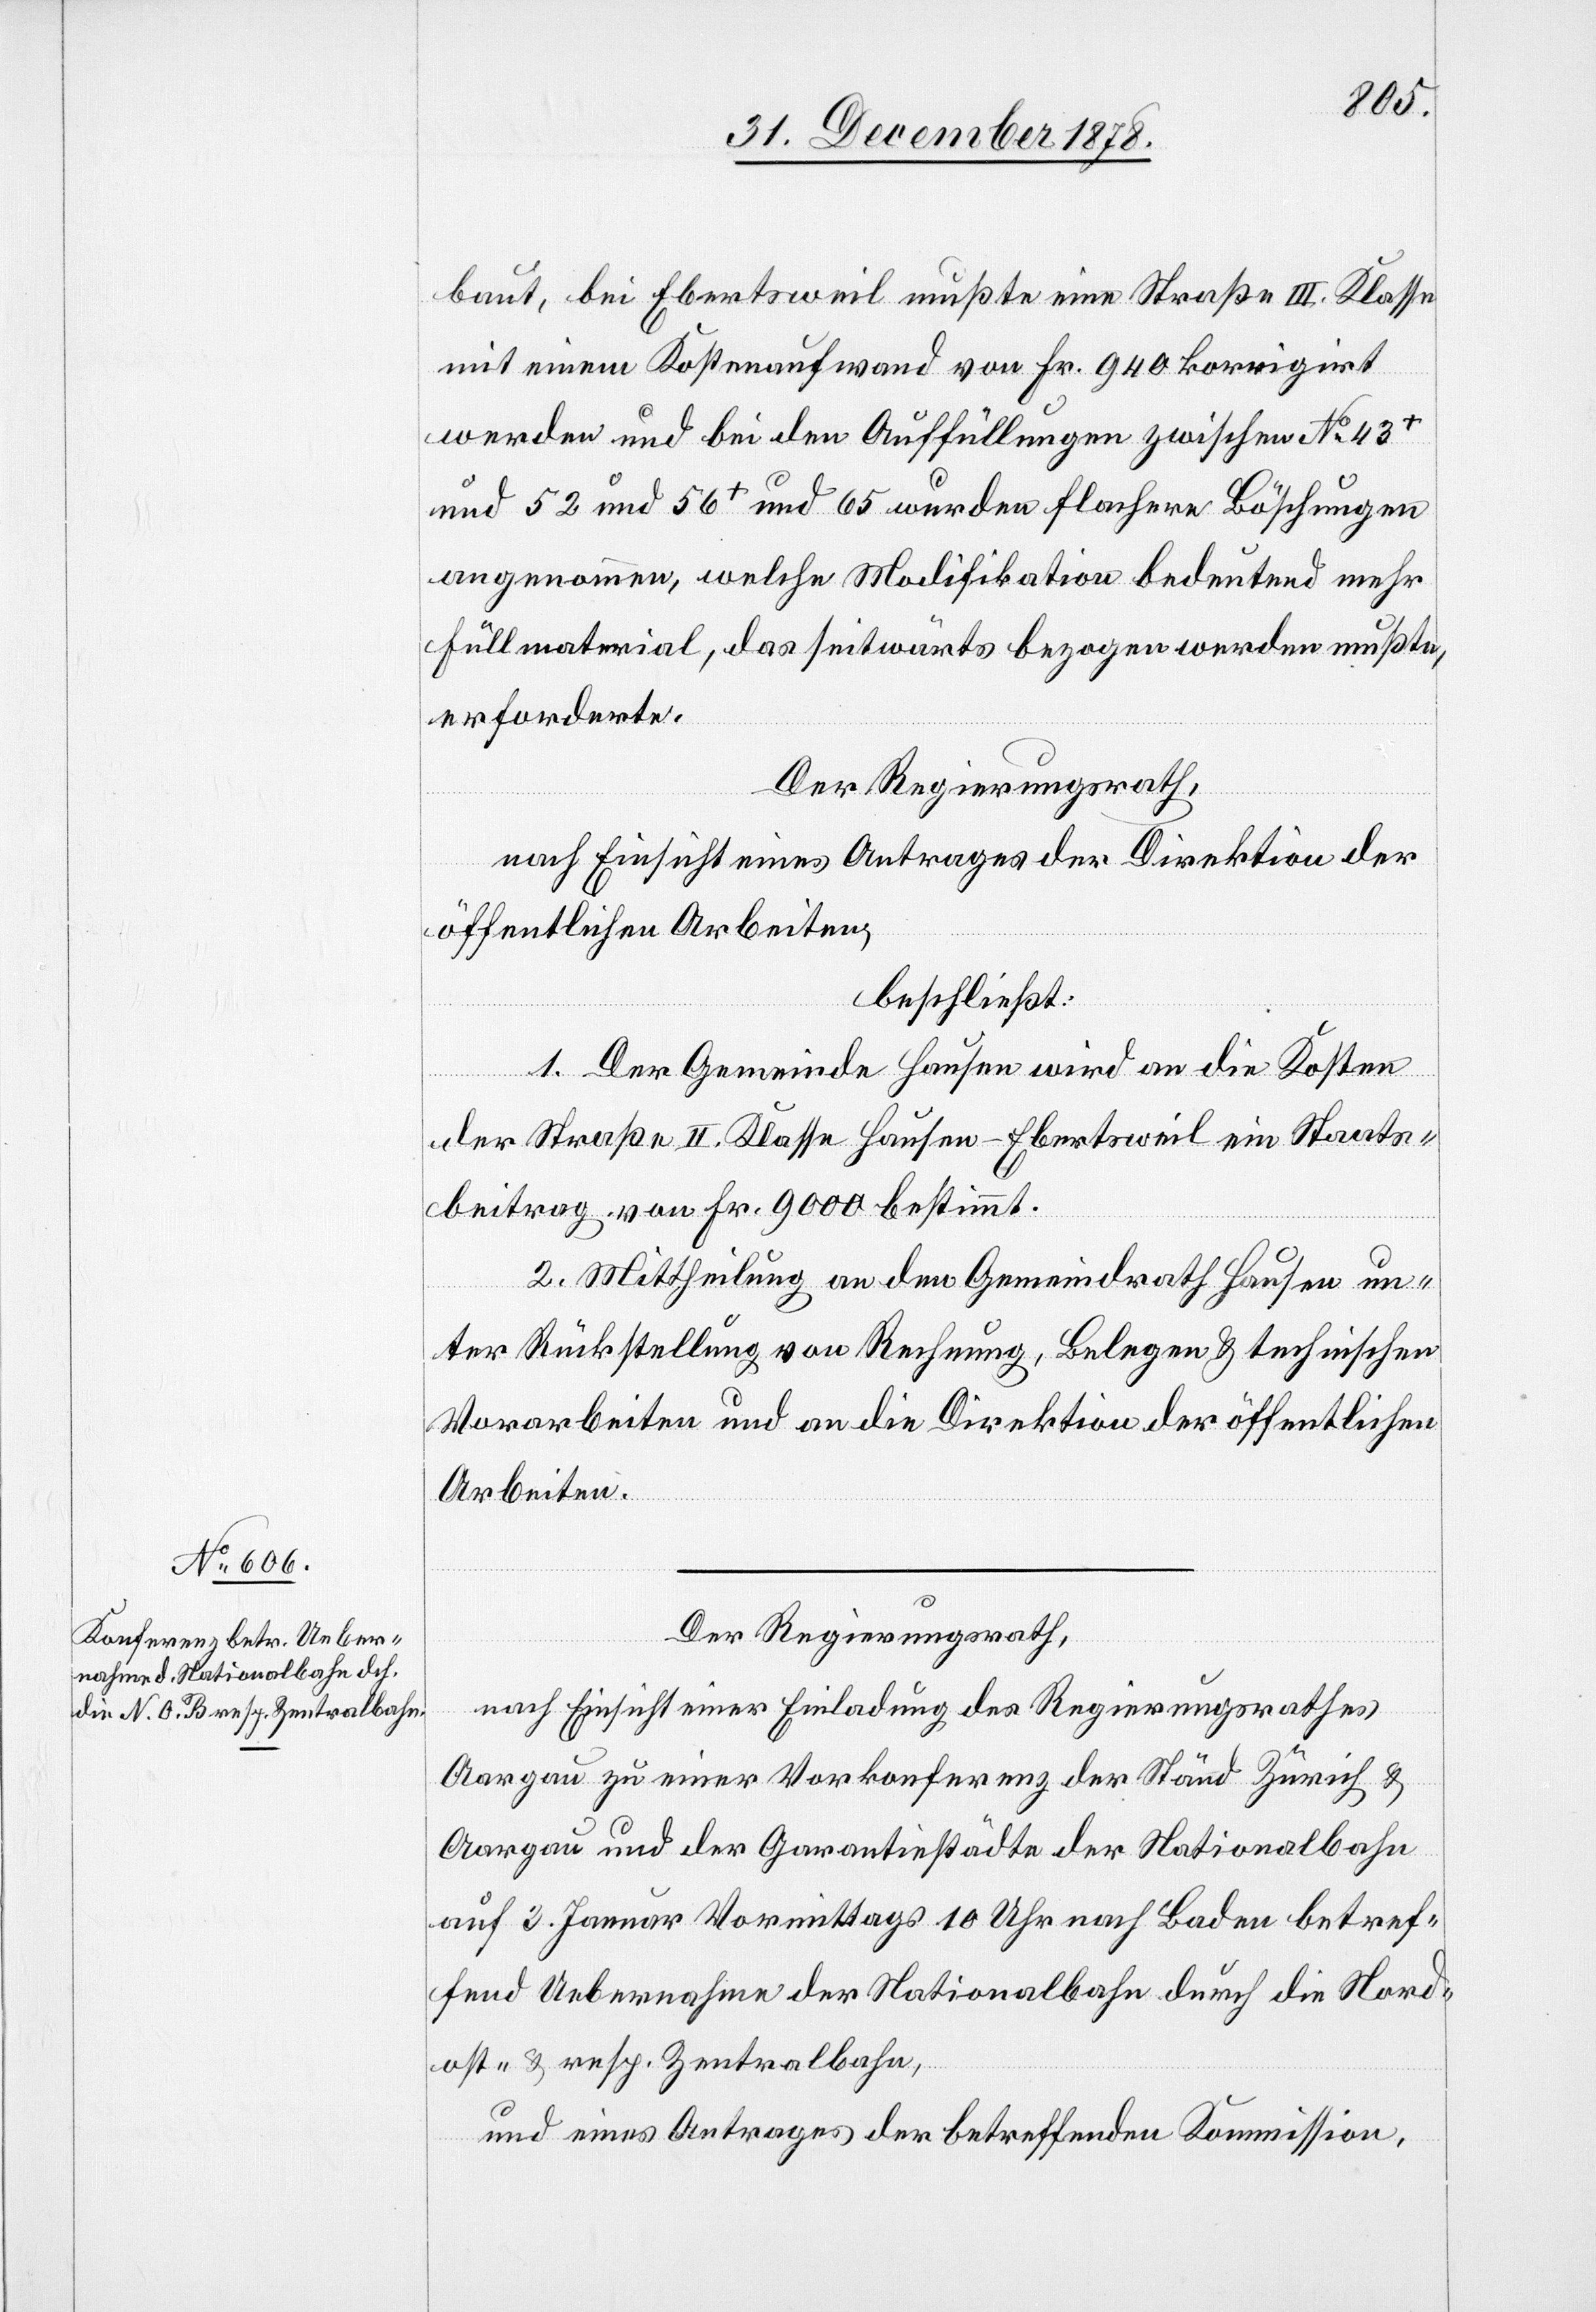
baut, bei Ebertsweil mußte eine Straße III. Klasse
mit einem Kostenaufwand von Fr. 940 korrigirt
werden und bei den Auffüllungen zwischen No 43+
und 52 und 56+ und 65 wurden flachere Böschungen
angenommen, welche Modifikation bedeutend mehr
Füllmaterial, das seitwärts bezogen werden mußte,
erforderte.
Der Regierungsrath,
nach Einsicht eines Antrages der Direktion der
öffentlichen Arbeiten,
beschließt:
1. Der Gemeinde Hausen wird an die Kosten
der Straße II. Klasse Hausen–Ebertsweil ein Staats¬
beitrag von Fr. 9000 bestimmt.
2. Mittheilung an den Gemeindrath Hausen un¬
ter Rückstellung von Rechnung, Belegen & technischen
Vorarbeiten und an die Direktion der öffentlichen
Arbeiten.
Der Regierungsrath,
nach Einsicht einer Einladung des Regierungsrathes
Aargau zu einer Vorkonferenz der Ständ[e] Zürich &
Aargau und der Garantiestädte der Nationalbahn
auf 3. Januar Vormittags 10 Uhr nach Baden betref¬
fend Uebernahme der Nationalbahn durch die Nord¬
ost- & resp. Zentralbahn,
und eines Antrages der betreffenden Kommission,